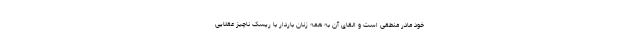
خود مادر منطقی است و القای آن به همه زنان باردار با ریسک ناچیز عقلایی